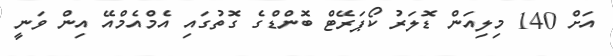
އަށް 140 މިލިއަން ޑޮލަރު ކޯޕަރޭޓް ބޮންޑްގެ ގޮތުގައި އެމްއެމްއޭ އިން ވަނީ